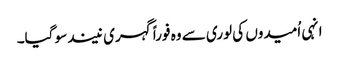
انہی اُمیدوں کی لوری سے وہ فوراً گہری نیند سو گیا۔